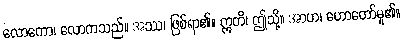
လောကော၊ လောကသည်။ အဿ၊ ဖြစ်ရာ၏။ ဣတိ၊ ဤသို့။ အာဟ၊ ဟောတော်မူ၏။